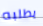
يطلبه